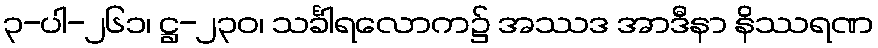
၃-ပါ-၂၆၁၊ ဋ္ဌ-၂၃၀၊ သင်္ခါရလောက၌ အဿဒ အာဒီနာ နိဿရဏ